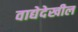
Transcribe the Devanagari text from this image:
वाद्येदेखील